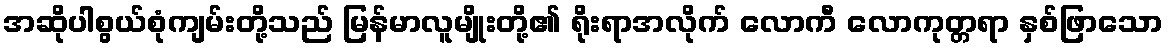
အဆိုပါစွယ်စုံကျမ်းတို့သည် မြန်မာလူမျိုးတို့၏ ရိုးရာအလိုက် လောကီ လောကုတ္တရာ နှစ်ဖြာသော